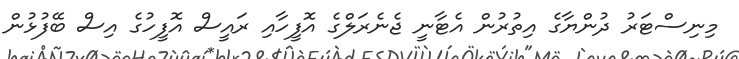
މިނިސްޓަރު ދުންޔާގެ އިތުރުން އެޓާނީ ޖެނެރަލްގެ އޮފީހާއި ރައީސް އޮފީހުގެ އިސް ބޭފުޅުން